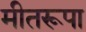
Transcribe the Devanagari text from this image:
मीतरूपा